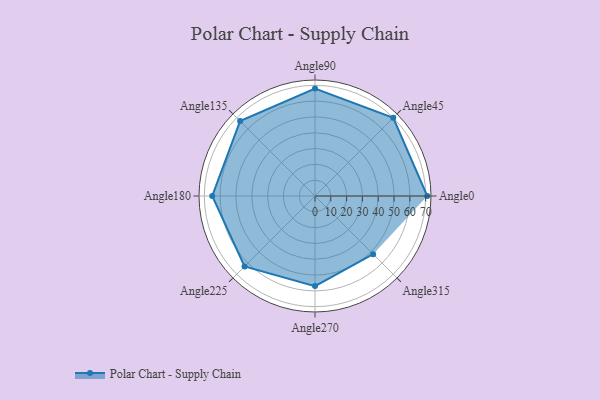
{"axis": {"x": "Angle", "y": "Radius"}, "legend": [""], "data": [{"x": "Angle0", "y": 71.0, "type": ""}, {"x": "Angle45", "y": 70.0, "type": ""}, {"x": "Angle90", "y": 68.0, "type": ""}, {"x": "Angle135", "y": 67.0, "type": ""}, {"x": "Angle180", "y": 65.0, "type": ""}, {"x": "Angle225", "y": 63.0, "type": ""}, {"x": "Angle270", "y": 57.0, "type": ""}, {"x": "Angle315", "y": 52.0, "type": ""}]}